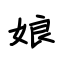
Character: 娘